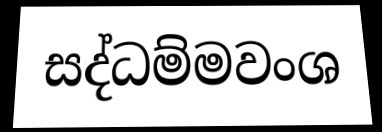
සද්ධම්මවංශ